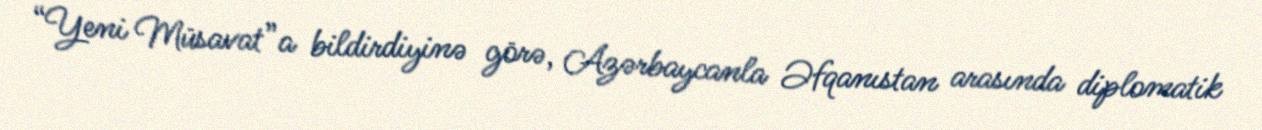
“Yeni Müsavat”a bildirdiyinə görə, Azərbaycanla Əfqanıstan arasında diplomatik